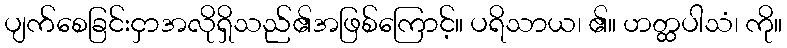
ပျက်စေခြင်းငှာအလိုရှိသည်၏အဖြစ်ကြောင့်။ ပရိသာယ၊ ၏။ ဟတ္ထပါသံ၊ ကို။